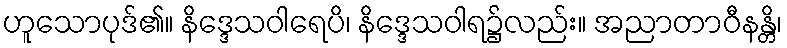
ဟူသောပုဒ်၏။ နိဒ္ဒေသဝါရေပိ၊ နိဒ္ဒေသဝါရ၌လည်း။ အညာတာဝီနန္တိ၊